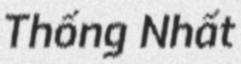
Thống Nhất